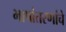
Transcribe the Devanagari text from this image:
भाषांतरणांचे